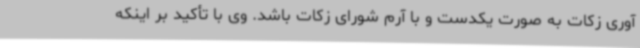
آوری زکات به صورت یکدست و با آرم شورای زکات باشد. وی با تأکید بر اینکه